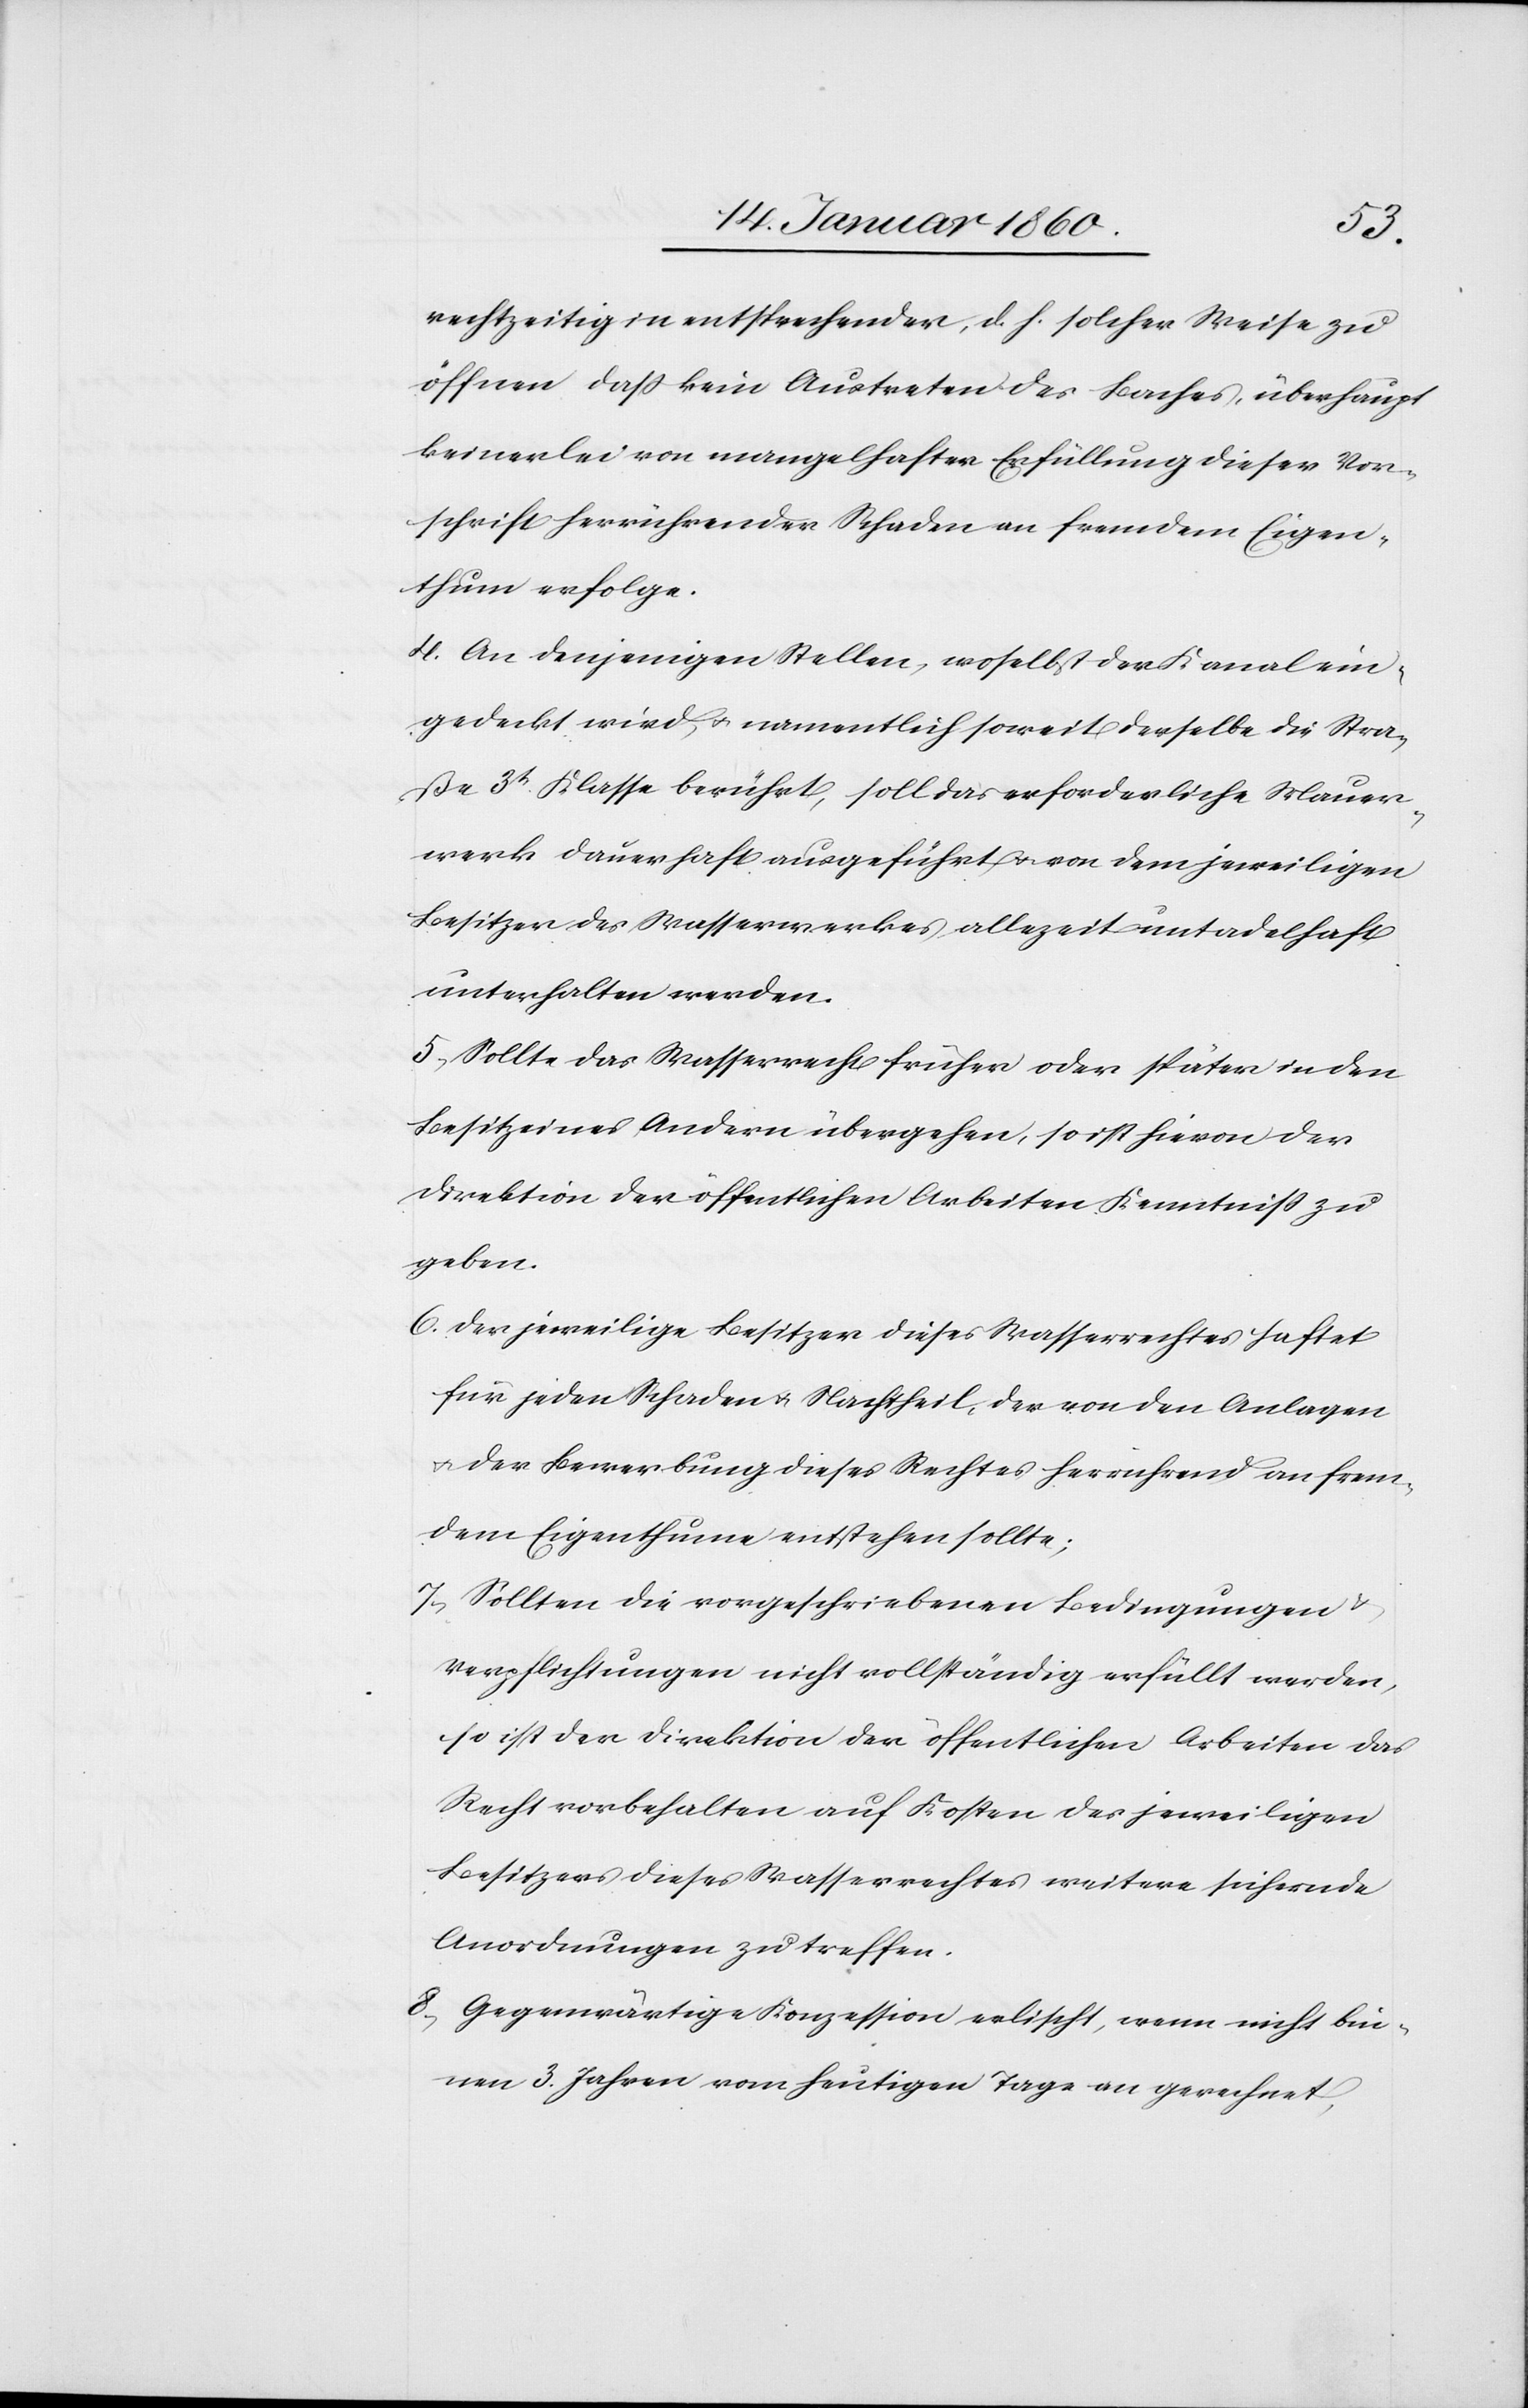
rechtzeitig in entsprechender, d. h. solcher Weise zu
öffnen daß kein Austreten des Baches, überhaupt
keinerlei von mangelhafter Erfüllung dieser Vor¬
schrift herrührender Schaden an fremdem Eigen¬
thum erfolge.
4. An denjenigen Stellen, wo selbst der Kanal ein¬
gedeckt wird, namentlich sowie derselbe die Stra¬
ße 3t Klasse berührt, soll das erforderliche Mauer¬
werk dauerhaft ausgeführt u. von dem jeweiligen
Besitzer des Wasserwerkes allzeit untadelhaft
unterhalten werden.
5. Sollte das Wasserrecht früher oder später in den
Besitz eines Andern übergehen, so ist hievon der
Direktion der öffentlichen Arbeiten Kenntniß zu
geben.
6. der jeweilige Besitzer dieses Wasserrechtes haftet
für jeden Schaden u. Nachtheil, der von den Anlagen
u. der Bewerbung dieses Rechtes herrührend an frem¬
dem Eigenthum entstehen sollte;
7. Sollten die vorgeschriebenen Bedingungen u.
Verpflichtungen nicht vollständig erfüllt werden,
so ist der Direktion der öffentlichen Arbeiten das
Recht vorbehalten auf Kosten des jeweiligen
Besitzers dieses Wasserrechtes weitere sichernde
Anordnungen zu treffen.
8. Gegenwärtige Konzession erlischt, wenn nicht bin¬
nen 3. Jahren vom heutigen Tage an gerechnet,